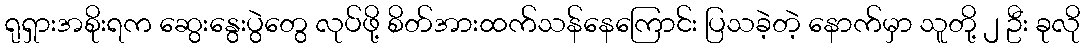
ရုရှားအစိုးရက ဆွေးနွေးပွဲတွေ လုပ်ဖို့ စိတ်အားထက်သန်နေကြောင်း ပြသခဲ့တဲ့ နောက်မှာ သူတို့ ၂ ဦး ခုလို